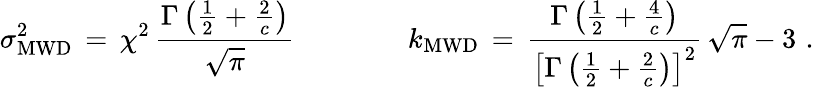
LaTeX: \sigma_{\mathrm{MWD}}^{2}\, =\, \chi^{2}\, \frac{\Gamma\left(\frac{1}{2}+\frac{2}{c}\right)}{\sqrt{\pi}}\qquad\qquad k_{\mathrm{MWD}}\, =\, \frac{\Gamma\left(\frac{1}{2}+\frac{4}{c}\right)}{\left[\Gamma\left(\frac{1}{2}+\frac{2}{c}\right)\right]^{2}}\, \sqrt{\pi}-3\, \, .